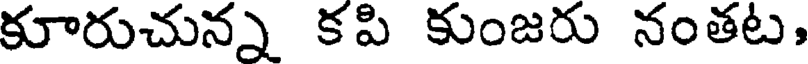
కూరుచున్న కపి కుంజరు నంతట,